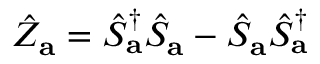
\hat { Z } _ { \mathbf { a } } = \hat { S } _ { \mathbf { a } } ^ { \dagger } \hat { S } _ { \mathbf { a } } - \hat { S } _ { \mathbf { a } } \hat { S } _ { \mathbf { a } } ^ { \dagger }